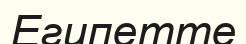
Египетте